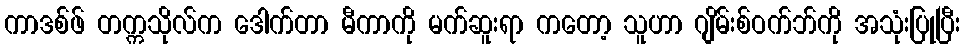
ကာဒစ်ဖ် တက္ကသိုလ်က ဒေါက်တာ မီကာကို မက်ဆူးရာ ကတော့ သူဟာ ဂျိမ်းစ်ဝက်ဘ်ကို အသုံးပြုပြီး